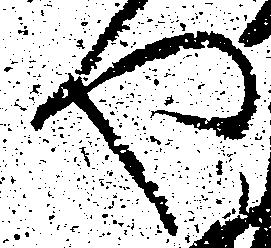
や